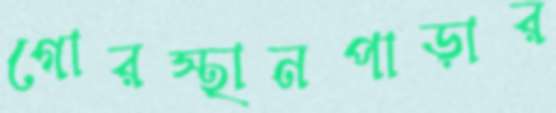
গোরস্থানপাড়ার